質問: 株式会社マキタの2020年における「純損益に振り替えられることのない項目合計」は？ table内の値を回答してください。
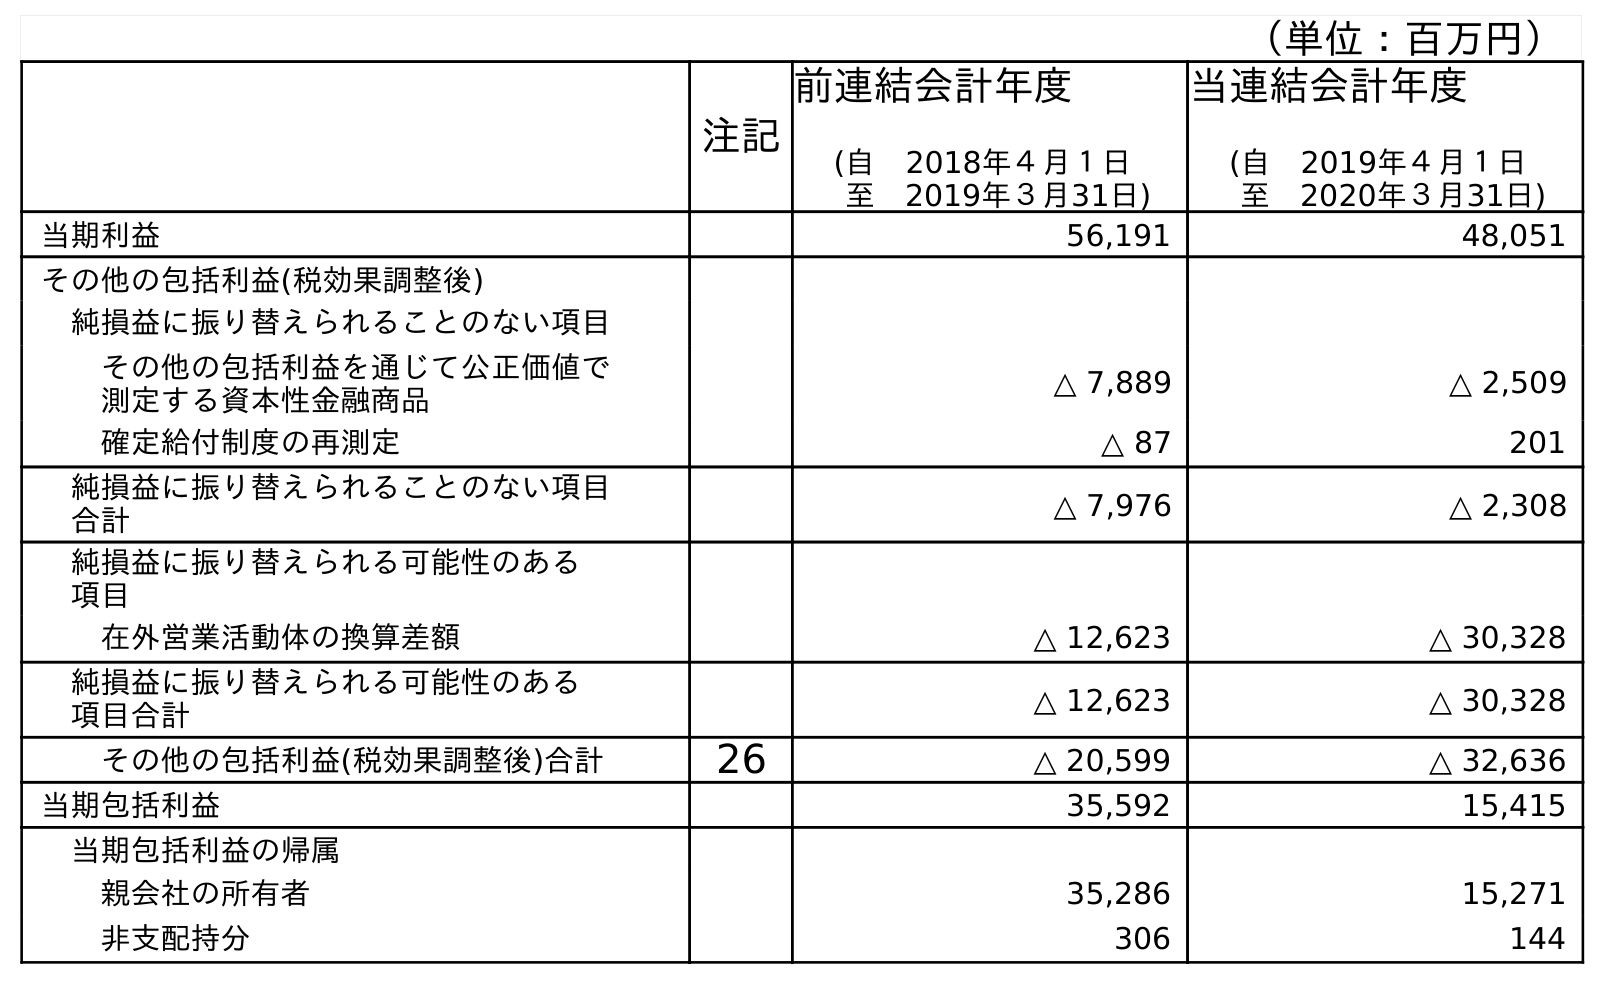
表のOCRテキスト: （単位：百万円） 注記 前連結会計年度 (自 2018年４月１日 至 2019年３月31日) 当連結会計年度 (自 2019年４月１日 至 2020年３月31日) 当期利益 56,191 48,051 その他の包括利益(税効果調整後) 純損益に振り替えられることのない項目 その他の包括利益を通じて公正価値で 測定する資本性金融商品 △ 7,889 △ 2,509 確定給付制度の再測定 △ 87 201 純損益に振り替えられることのない項目 合計 △ 7,976 △ 2,308 純損益に振り替えられる可能性のある 項目 在外営業活動体の換算差額 △ 12,623 △ 30,328 純損益に振り替えられる可能性のある 項目合計 △ 12,623 △ 30,328 その他の包括利益(税効果調整後)合計 26 △ 20,599 △ 32,636 当期包括利益 35,592 15,415 当期包括利益の帰属 親会社の所有者 35,286 15,271 非支配持分 306 144
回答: △2,308